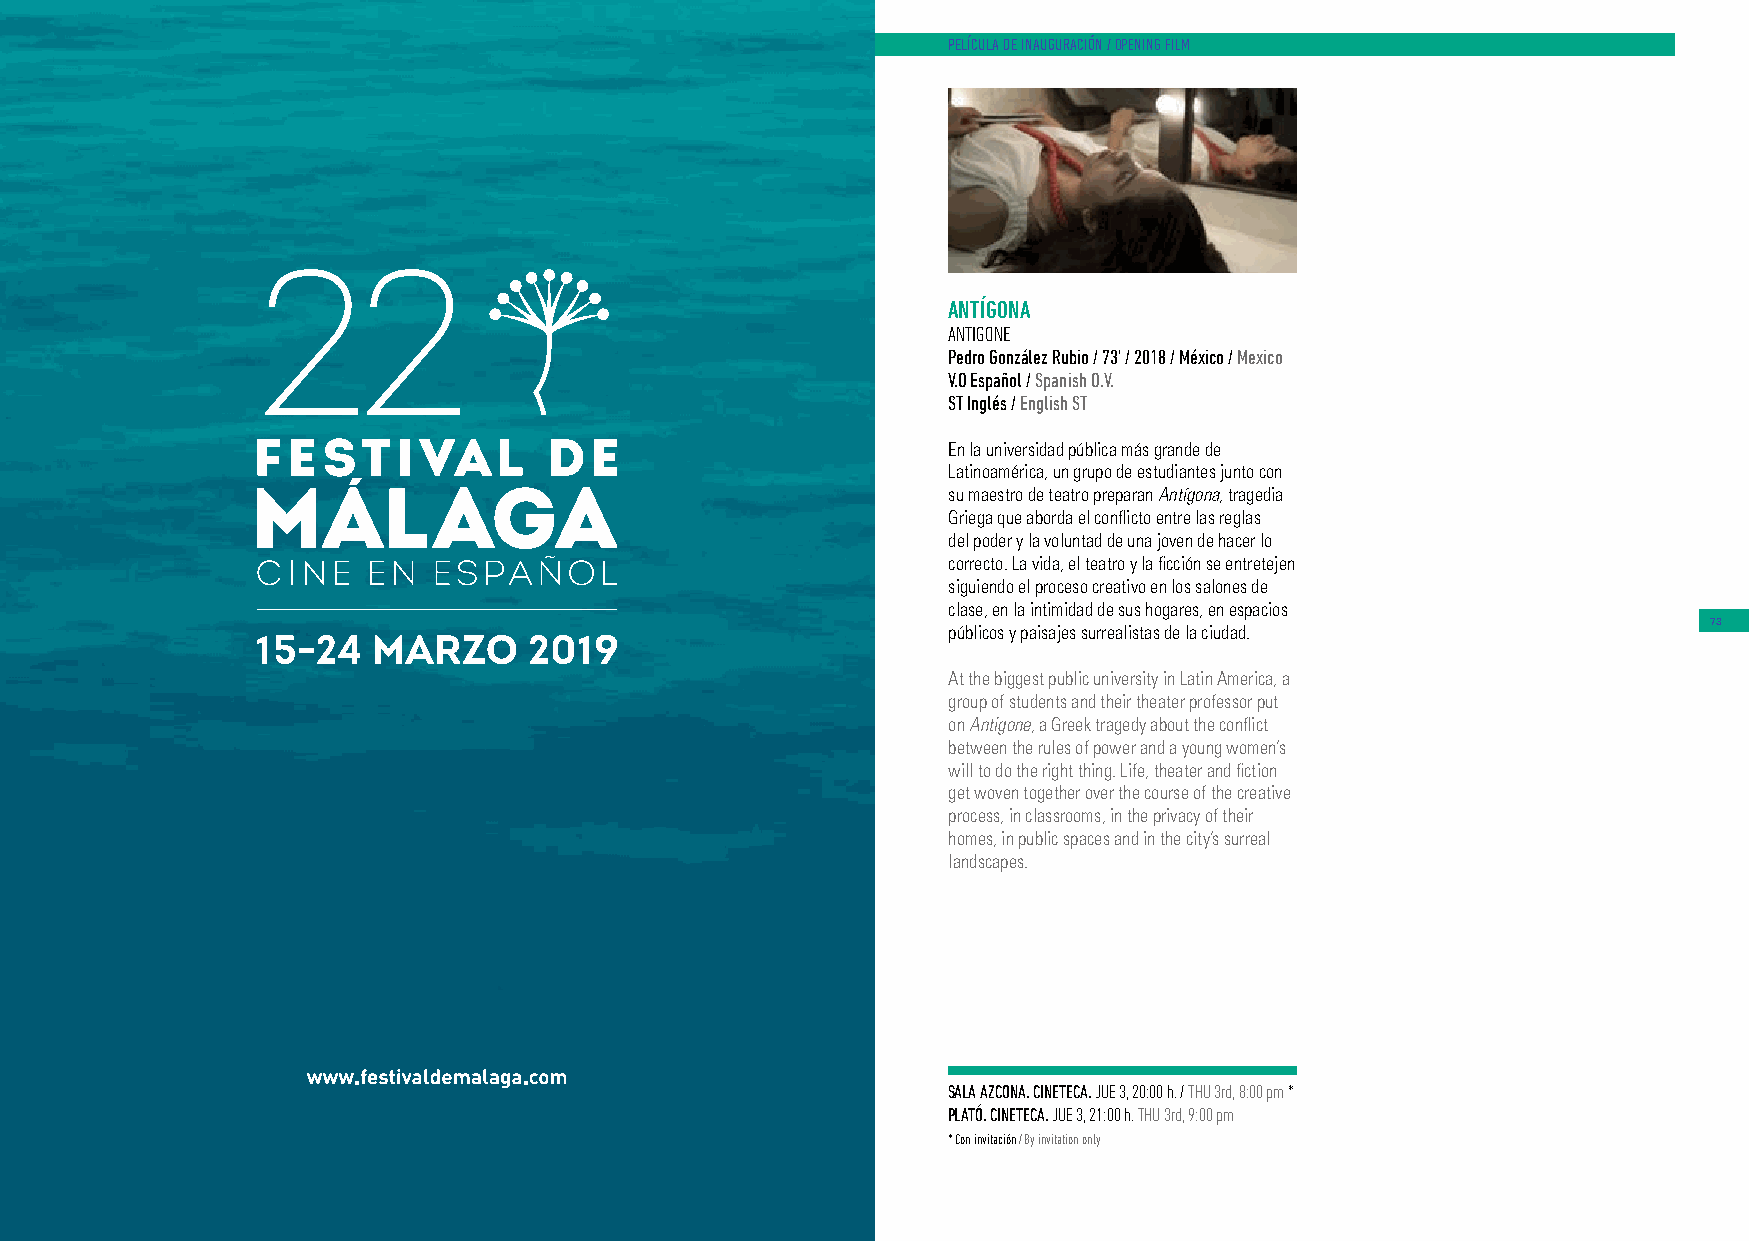
PELÍCULA DE INAUGURACIÓN / OPENING FILM
 ANTÍGONA
 ANTIGONE
 Pedro González Rubio / 73’ / 2018 / México / Mexico
 V.O Español / Spanish O.V.
 ST Inglés / English ST
 En la universidad pública más grande de
 Latinoamérica, un grupo de estudiantes junto con
 su maestro de teatro preparan Antígona, tragedia
 Griega que aborda el conflicto entre las reglas
 del poder y la voluntad de una joven de hacer lo
 correcto. La vida, el teatro y la ficción se entretejen
 siguiendo el proceso creativo en los salones de
 clase, en la intimidad de sus hogares, en espacios
 73
 públicos y paisajes surrealistas de la ciudad.
 At the biggest public university in Latin America, a
 group of students and their theater professor put
 on Antigone, a Greek tragedy about the conflict
 between the rules of power and a young women’s
 will to do the right thing. Life, theater and fiction
 get woven together over the course of the creative
 process, in classrooms, in the privacy of their
 homes, in public spaces and in the city’s surreal
 landscapes.
 SALA AZCONA. CINETECA. JUE 3, 20:00 h. / THU 3rd, 8:00 pm *
 PLATÓ. CINETECA. JUE 3, 21:00 h. THU 3rd, 9:00 pm
 * Con invitación / By invitation only